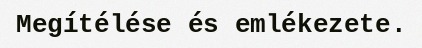
Megítélése és emlékezete.